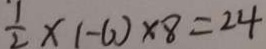
\frac { 1 } { 2 } \times ( - 6 ) \times 8 = 2 4